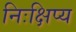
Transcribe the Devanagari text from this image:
निःक्षिप्य